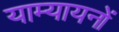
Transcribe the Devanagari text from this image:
याम्यायनों